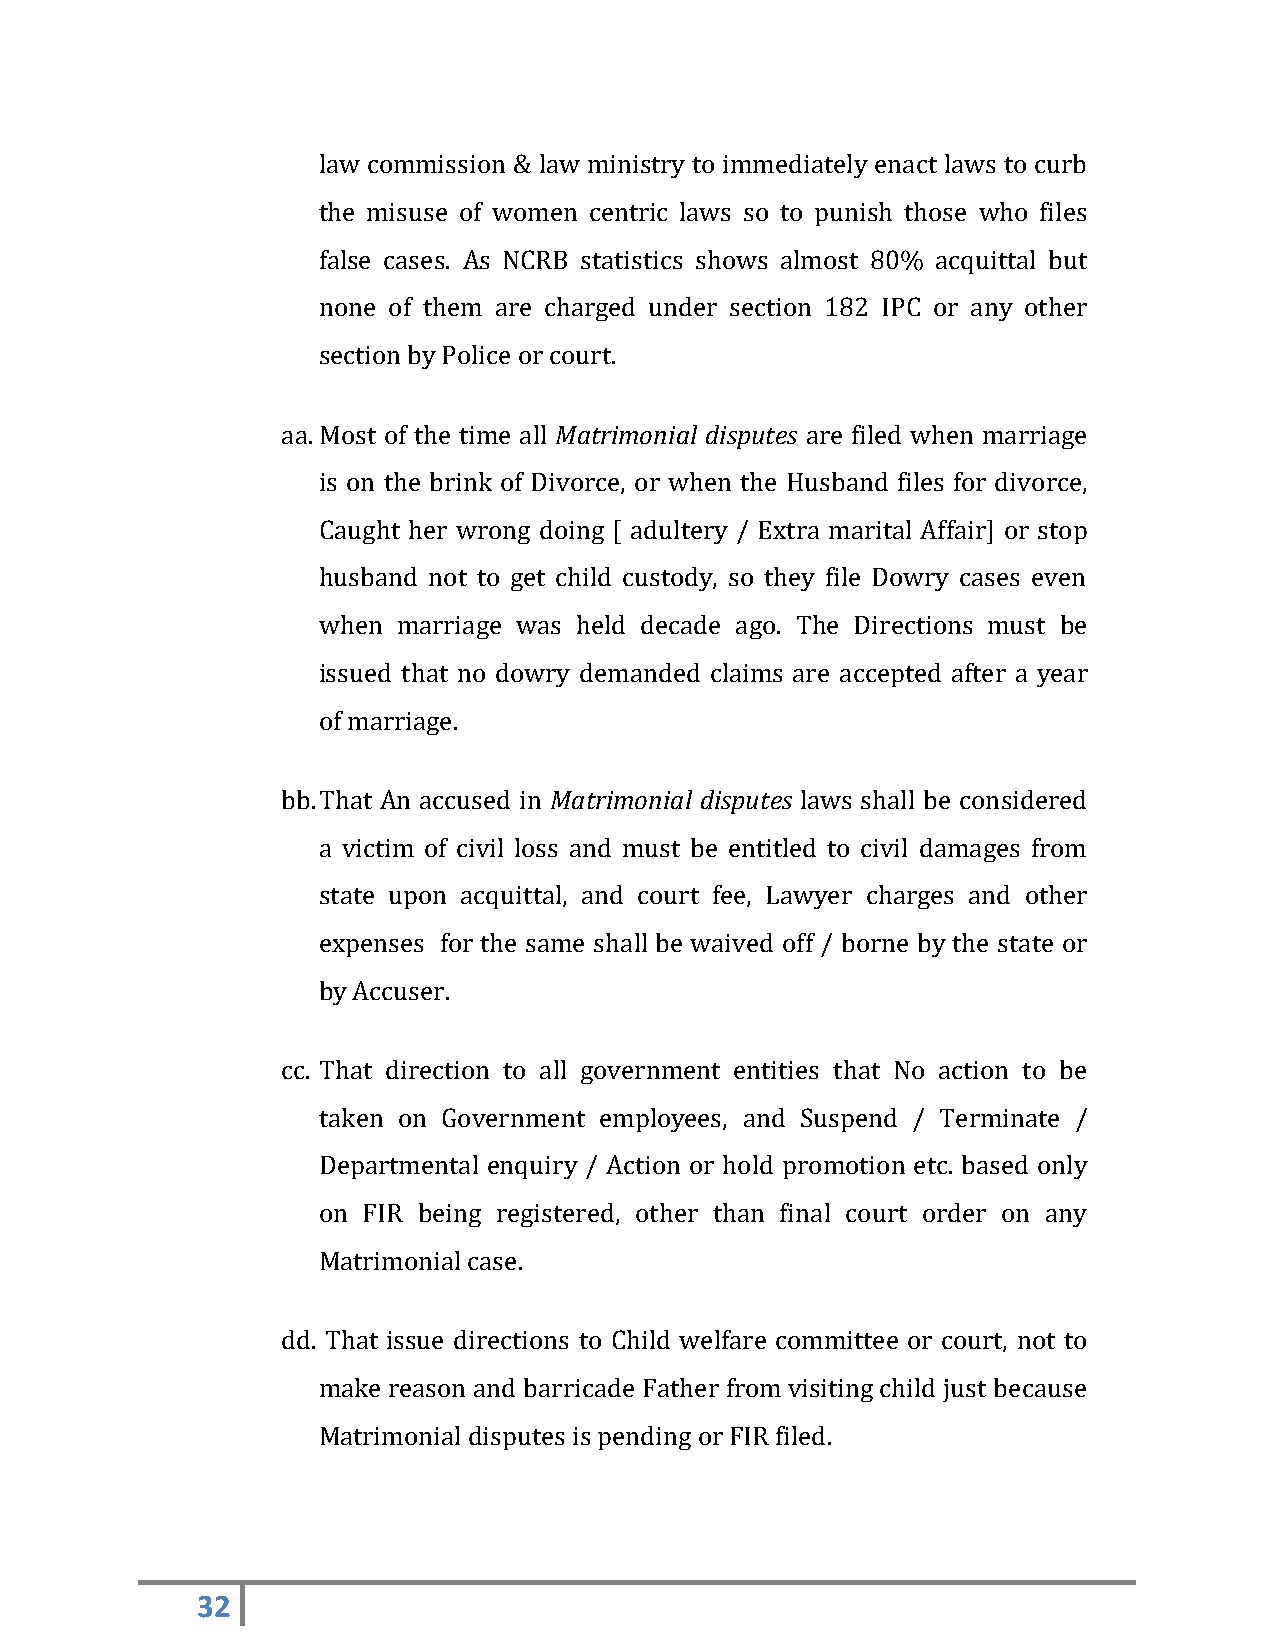
law commission & law ministry to immediately enact laws to curb
 the misuse of women centric laws so to punish those who files
 false cases. As NCRB statistics shows almost 80% acquittal but
 none of them are charged under section 182 IPC or any other
 section by Police or court.
 aa. Most of the time all Matrimonial disputes are filed when marriage
 is on the brink of Divorce, or when the Husband files for divorce,
 Caught her wrong doing [ adultery / Extra marital Affair] or stop
 husband not to get child custody, so they file Dowry cases even
 when marriage was held decade ago. The Directions must be
 issued that no dowry demanded claims are accepted after a year
 of marriage.
 bb. That An accused in Matrimonial disputes laws shall be considered
 a victim of civil loss and must be entitled to civil damages from
 state upon acquittal, and court fee, Lawyer charges and other
 expenses for the same shall be waived off / borne by the state or
 by Accuser.
 cc. That direction to all government entities that No action to be
 taken on Government employees, and Suspend / Terminate /
 Departmental enquiry / Action or hold promotion etc. based only
 on FIR being registered, other than final court order on any
 Matrimonial case.
 dd. That issue directions to Child welfare committee or court, not to
 make reason and barricade Father from visiting child just because
 Matrimonial disputes is pending or FIR filed.
 32